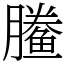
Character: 䲢